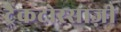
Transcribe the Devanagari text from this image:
ट्रैकटोरसाज़ी